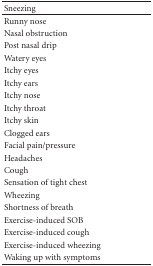
<table><thead><tr><td><b> Sneezing</b></td></tr></thead><tbody><tr><td> Runny nose</td></tr><tr><td> Nasal obstruction</td></tr><tr><td> Post nasal drip</td></tr><tr><td> Watery eyes</td></tr><tr><td> Itchy eyes</td></tr><tr><td> Itchy ears</td></tr><tr><td> Itchy nose</td></tr><tr><td> Itchy throat</td></tr><tr><td> Itchy skin</td></tr><tr><td> Clogged ears</td></tr><tr><td> Facial pain/pressure</td></tr><tr><td> Headaches</td></tr><tr><td> Cough</td></tr><tr><td> Sensation of tight chest</td></tr><tr><td> Wheezing</td></tr><tr><td> Shortness of breath</td></tr><tr><td> Exercise-induced SOB</td></tr><tr><td> Exercise-induced cough</td></tr><tr><td> Exercise-induced wheezing</td></tr><tr><td>Waking up with symptoms</td></tr></tbody></table>